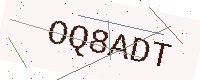
Text: OQ8ADT